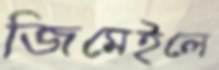
জিমেইলে